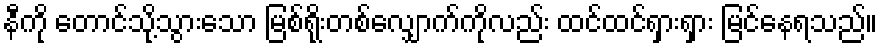
နီကို တောင်သို့သွားသော မြစ်ရိုးတစ်လျှောက်ကိုလည်း ထင်ထင်ရှားရှား မြင်နေရသည်။